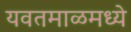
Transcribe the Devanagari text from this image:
यवतमाळमध्ये